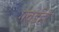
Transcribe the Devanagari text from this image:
गवईही